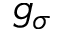
g _ { \sigma }